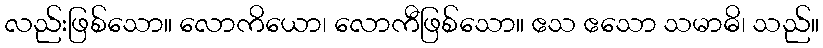
လည်းဖြစ်သော။ လောကိယော၊ လောကီဖြစ်သော။ ဧသ ဧသော သမာဓိ၊ သည်။